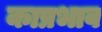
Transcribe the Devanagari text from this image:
काप्रभाव